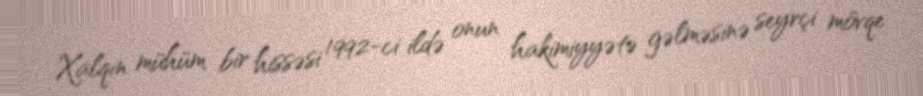
Xalqın mühüm bir hissəsi 1992-ci ildə onun hakimiyyətə gəlməsinə seyrçi mövqe